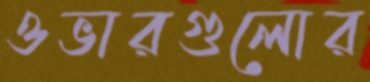
ওভারগুলোর